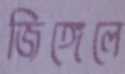
জিঙ্গেলে